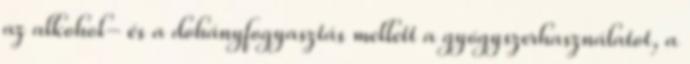
az alkohol- és a dohányfogyasztás mellett a gyógyszerhasználatot, a